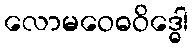
လောမဝေဓဝိဒ္ဓေါ